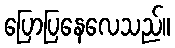
ပြောပြနေလေသည်။